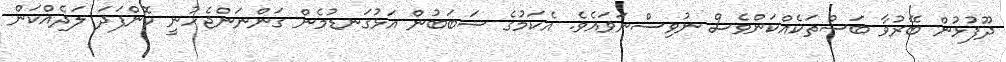
ދޫފުޅުން ބޭރުވާ ބަސްތަކެއްކަންވެސް ނުވިސްނަވައެވެ. އެކަމުގެ ސަބަބުން އަޅުގަނޑުމެން ގަންނަންޖެހުނީ ކޮންފަދަ ލަދެއްކަން